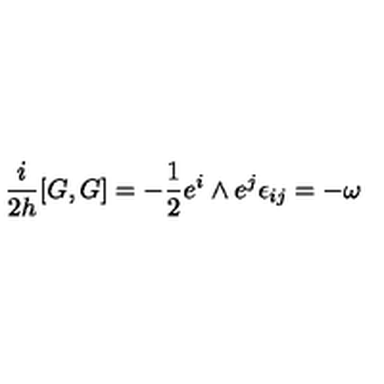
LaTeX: \frac { i } { 2 h } [ G , G ] = - \frac { 1 } { 2 } e ^ { i } \wedge e ^ { j } \epsilon _ { i j } = - \omega